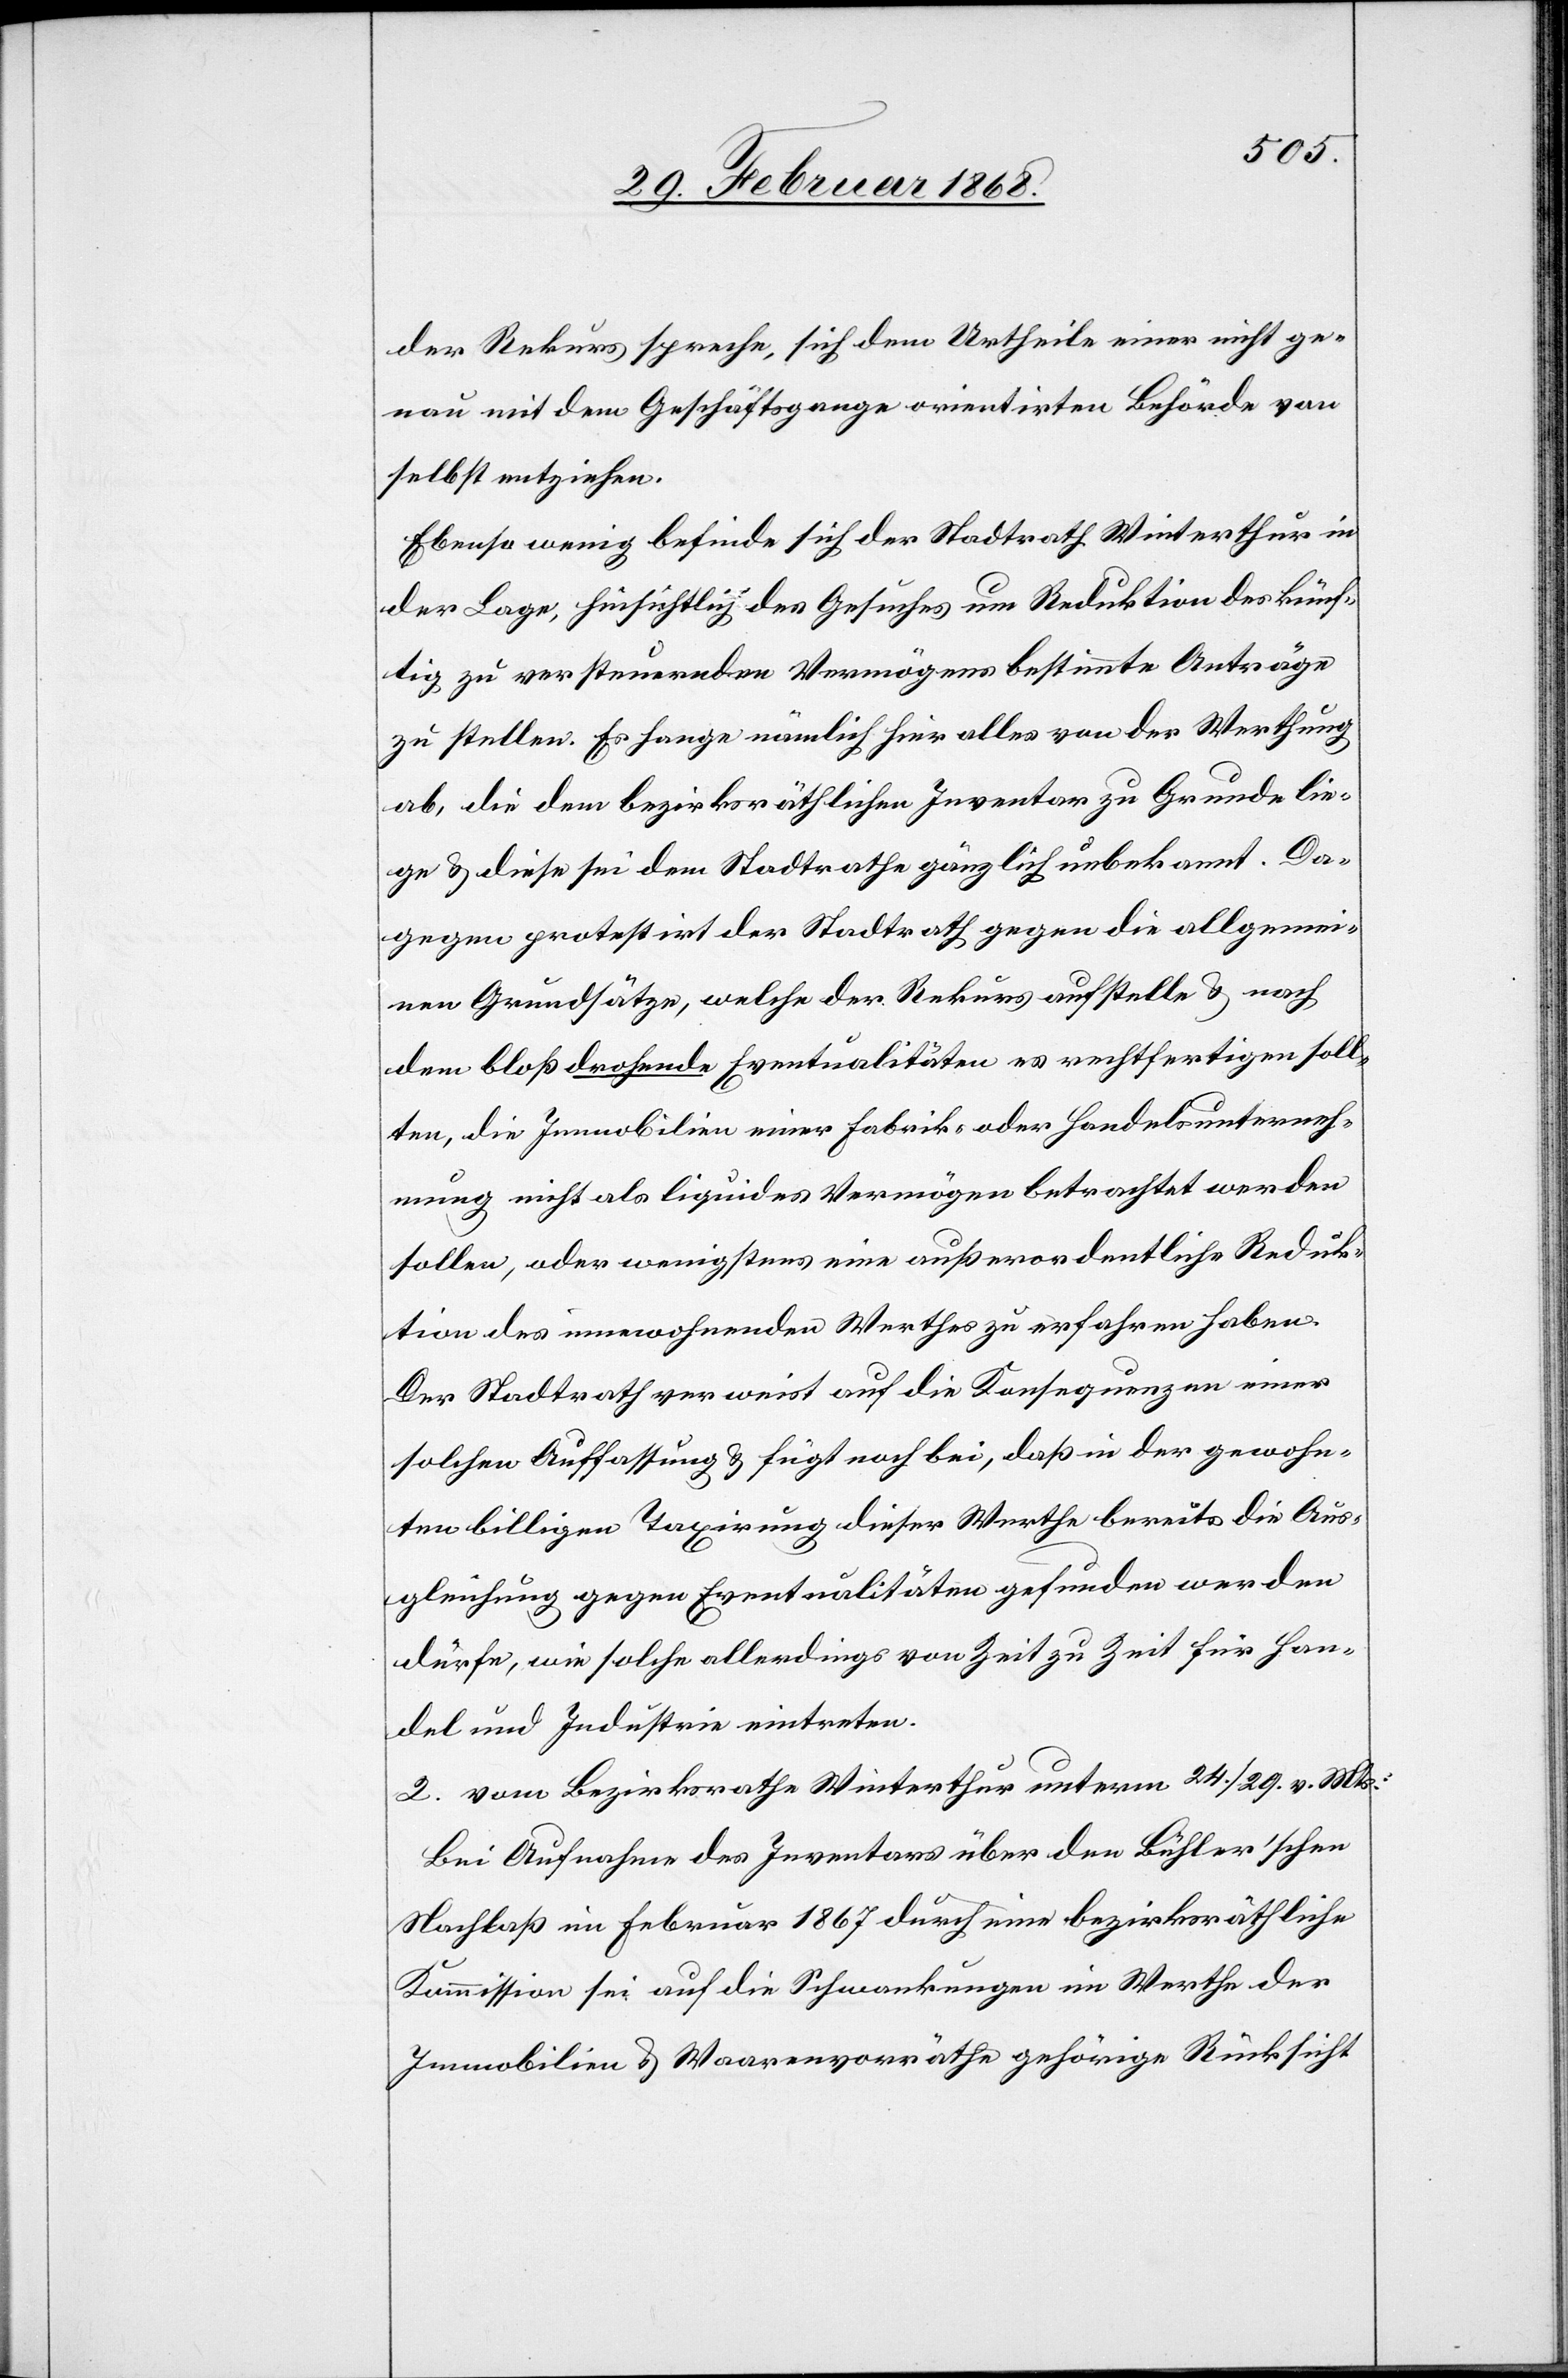
der Rekurs spreche, sich dem Urtheile einer nicht ge¬
nau mit dem Geschäftsgange orientirten Behörde von
selbst entziehen.
Ebenso wenig befinde sich der Stadtrath Winterthur in
der Lage, hinsichtlich des Gesuches um Reduktion des künf¬
tig zu versteuernden Vermögens bestimmte Anträge
zu stellen. Es hange nämlich hier alles von der Werthung
ab, die dem bezirksräthlichen Inventar zu Grunde lie¬
ge & diese sei dem Stadtrathe gänzlich unbekannt. Da¬
gegen protestirt der Stadtrath gegen die allgemei¬
nen Grundsätze, welche der Rekurs aufstelle & nach
dem bloß drohende Eventualitäten es rechtfertigen soll¬
ten, die Immobilien einer Fabrik- oder Handelsunterneh¬
mung nicht als liquides Vermögen betrachtet werden
sollen, oder wenigstens eine außerordentliche Reduk¬
tion des innewohnenden Werthes zu erfahren haben.
Der Stadtrath verweist auf die Konsequenzen einer
solchen Auffassung & fügt noch bei, daß in der gewohn¬
ten billigen Taxirung dieser Werthe bereits die Aus¬
gleichung gegen Eventualitäten gefunden werden
dürfe, wie solche allerdings von Zeit zu Zeit für Han¬
del und Industrie eintreten.
2. vom Bezirksrathe Winterthur unterm 24. / 29. v. Mts.:
Bei Aufnahme des Inventars über den Bühler’schen
Nachlaß im Februar 1867 durch eine bezirksräthliche
Kommission sei auf die Schwankungen im Werthe der
Immobilien & Waarenvorräthe gehörige Rücksicht